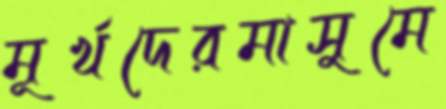
মূর্খদেরমাসুমে